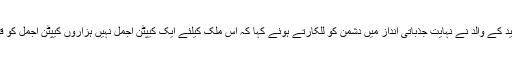
اس موقع پر کیپٹن اجمل شہید کے والد نے نہایت جذباتی انداز میں دشمن کو للکارتے ہوئے کہا کہ اس ملک کیلئے ایک کیپٹن اجمل نہیں ہزاروں کیپٹن اجمل کو قربان کرنے کو ہم تیار ہیں۔